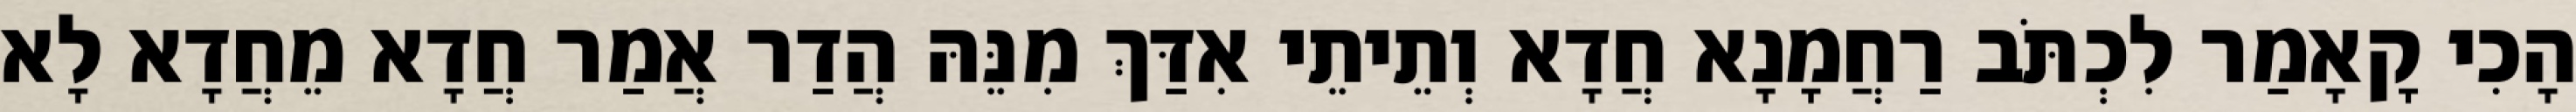
הָכִי קָאָמַר לִכְתֹּב רַחֲמָנָא חֲדָא וְתֵיתֵי אִדַּךְ מִנֵּהּ הֲדַר אֲמַר חֲדָא מֵחֲדָא לָא